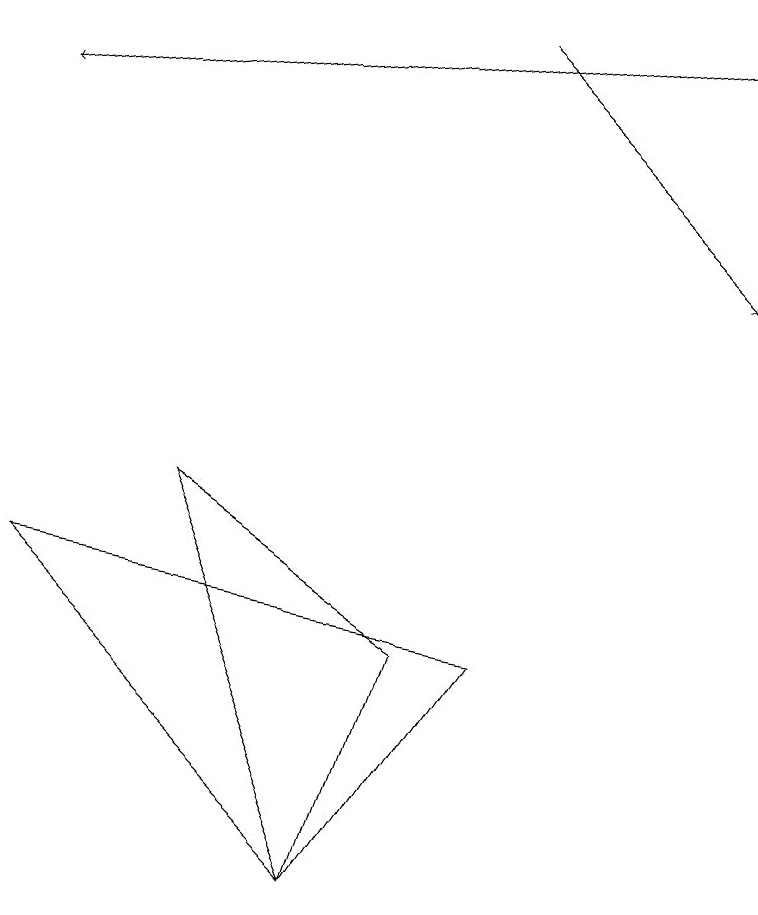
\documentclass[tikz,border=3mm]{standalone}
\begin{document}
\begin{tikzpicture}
\draw (4,3) -- (5,6) -- (2,8) -- cycle;
\draw[->] (9,14) -- (0,13);
\draw[->] (6,14) -- (9,11);
\draw (6,6) -- (0,7) -- (4,3) -- cycle;
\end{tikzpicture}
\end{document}